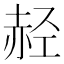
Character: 𫎭